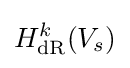
H_{\mathrm {dR} }^{k}(V_{s})